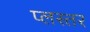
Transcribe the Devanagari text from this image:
प्लस्तर